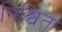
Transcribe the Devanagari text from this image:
निश्वित